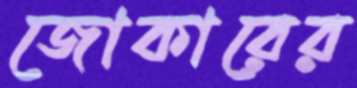
জোকারের